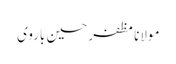
مولانا مظفر حسین باروی